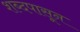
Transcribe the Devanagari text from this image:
शब्दपासून